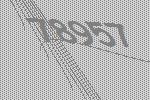
78957